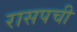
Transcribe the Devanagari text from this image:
रासपची